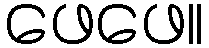
ဖေဖေ။